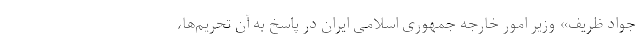
جواد ظریف» وزیر امور خارجه جمهوری اسلامی ایران در پاسخ به آن تحریم‌ها،